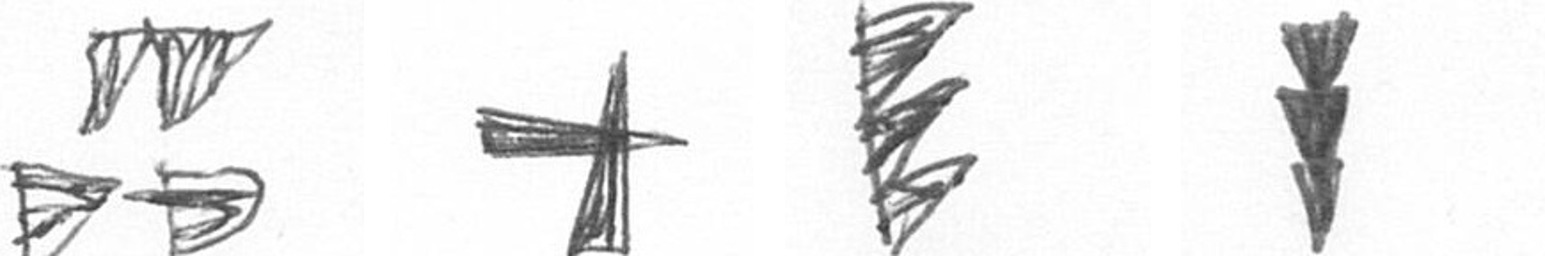
B G H E